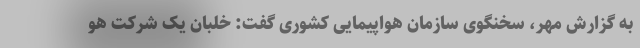
به گزارش مهر، سخنگوی سازمان هواپیمایی کشوری گفت: خلبان یک شرکت هو